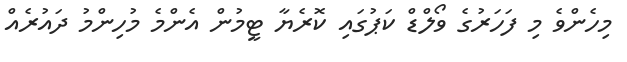
މިހެންވެ މި ފަހަރުގެ ވޯލްޑް ކަޕުގައި ކޮރެޔާ ޓީމުން އެންމެ މުހިންމު ދައުރެއް